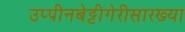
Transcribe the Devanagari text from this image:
उप्पीनबेट्टीगेरीसारख्या